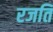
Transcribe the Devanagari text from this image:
रजति